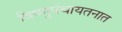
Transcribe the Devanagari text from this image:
विष्णुपंचायतनात